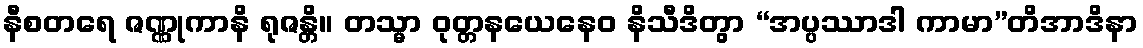
နီစတရေ ဇဏ္ဏုကာနိ ရုဇန္တိ။ တသ္မာ ဝုတ္တနယေနေဝ နိသီဒိတွာ “အပ္ပဿာဒါ ကာမာ”တိအာဒိနာ